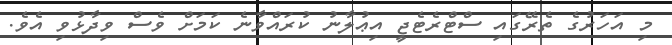
މި އަހަރުގެ ތެރޭގައި ސްޓްރެޓެޖީ އިޢުލާނު ކުރައްވާނެ ކަމަށް ވެސް ވިދާޅުވި އެވެ.